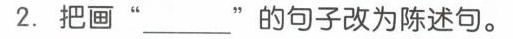
2.把画”___”的句子改为陈述句。